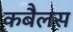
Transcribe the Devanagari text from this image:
कबैलस